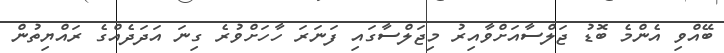
ބޭއްވި އެންމެ ބޮޑު ޖަލްސާއަށްވާއިރު މިޖަލްސާގައި ފަނަރަ ހާހަށްވުރެ ގިނަ އަދަދެއްގެ ރައްޔިތުން